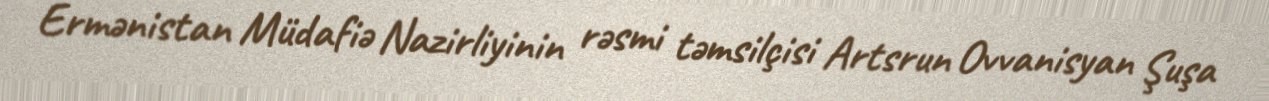
Ermənistan Müdafiə Nazirliyinin rəsmi təmsilçisi Artsrun Ovvanisyan Şuşa